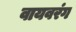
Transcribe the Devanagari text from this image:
वायवरंग